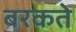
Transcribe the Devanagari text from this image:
बरकते